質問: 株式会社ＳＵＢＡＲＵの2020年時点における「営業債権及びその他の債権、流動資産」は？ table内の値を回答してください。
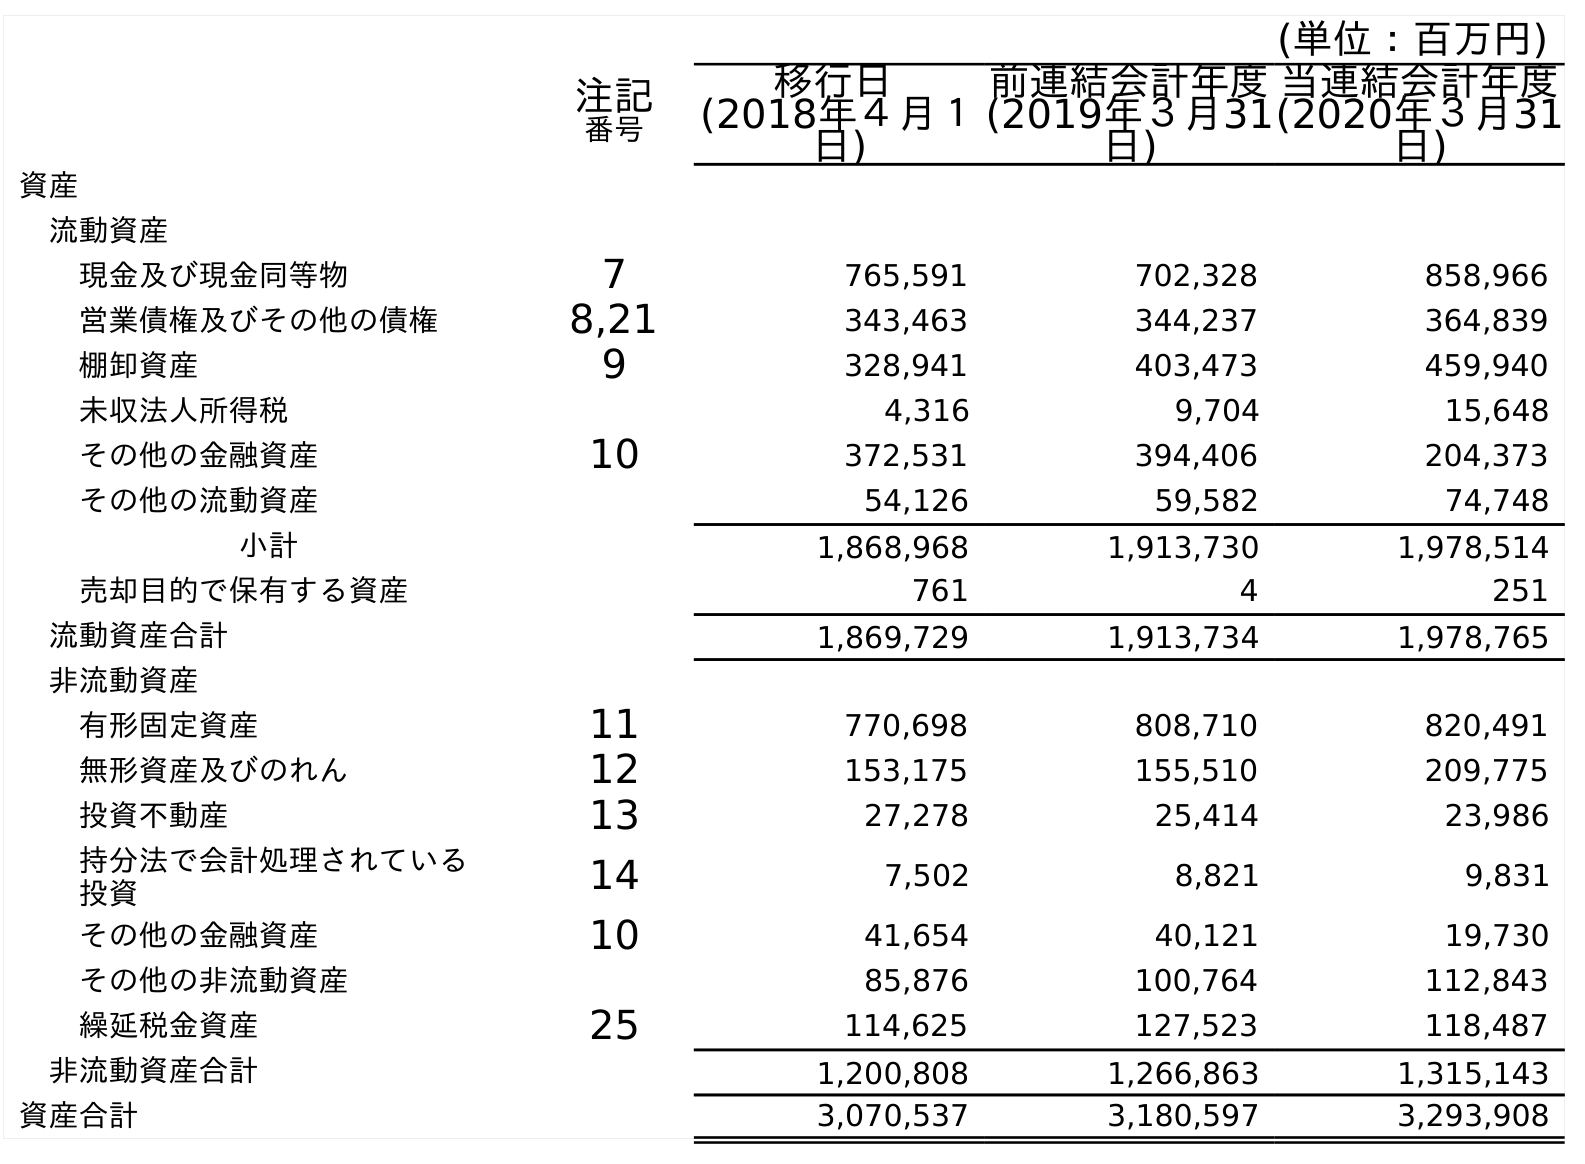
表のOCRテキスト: (単位：百万円) 注記 番号 移行日 (2018年４月１ 日) 前連結会計年度 (2019年３月31 日) 当連結会計年度 (2020年３月31 日) 資産 流動資産 現金及び現金同等物 7 765,591 702,328 858,966 営業債権及びその他の債権 8,21 343,463 344,237 364,839 棚卸資産 9 328,941 403,473 459,940 未収法人所得税 4,316 9,704 15,648 その他の金融資産 10 372,531 394,406 204,373 その他の流動資産 54,126 59,582 74,748 小計 1,868,968 1,913,730 1,978,514 売却目的で保有する資産 761 4 251 流動資産合計 1,869,729 1,913,734 1,978,765 非流動資産 有形固定資産 11 770,698 808,710 820,491 無形資産及びのれん 12 153,175 155,510 209,775 投資不動産 13 27,278 25,414 23,986 持分法で会計処理されている 投資 14 7,502 8,821 9,831 その他の金融資産 10 41,654 40,121 19,730 その他の非流動資産 85,876 100,764 112,843 繰延税金資産 25 114,625 127,523 118,487 非流動資産合計 1,200,808 1,266,863 1,315,143 資産合計 3,070,537 3,180,597 3,293,908
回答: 364,839